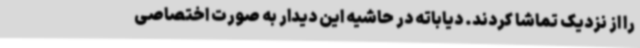
را از نزدیک تماشا کردند. دیاباته در حاشیه این دیدار به صورت اختصاصی